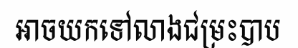
អាចយកទៅលាងជម្រះបាប